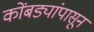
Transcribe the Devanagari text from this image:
कोंबड्यांपासून